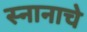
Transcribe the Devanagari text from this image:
स्नानाचे